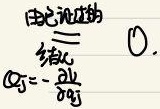
由泛函的定义
\[G_{j}=-\frac{\partial L}{\partial q_{j}}\]